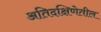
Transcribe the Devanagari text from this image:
अतिदक्षिणेतील